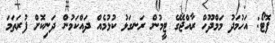
ފޮޓޯ: އަހުމަދު މަމްދޫހް ރާއްޖޭގެ ޓީމުން ރަނގަޅު ކުޅުމެއް ދައްކަމުން ދަނިކޮށް ފުރަތަމަ